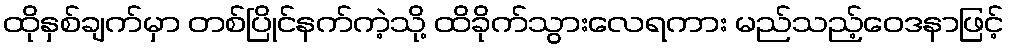
ထိုနှစ်ချက်မှာ တစ်ပြိုင်နက်ကဲ့သို့ ထိခိုက်သွားလေရကား မည်သည့်ဝေဒနာဖြင့်